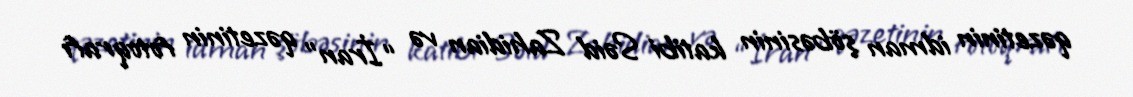
qəzetinin idman şöbəsinin katibi Səid Zahidian və “İran” qəzetinin fotoqrafı